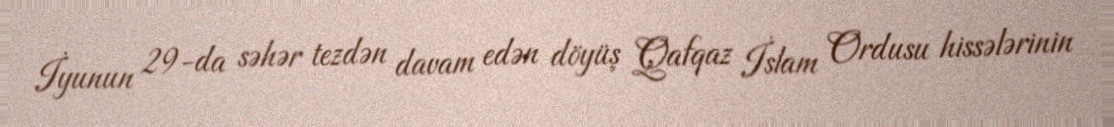
İyunun 29-da səhər tezdən davam edən döyüş Qafqaz İslam Ordusu hissələrinin